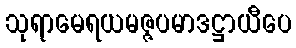
သုရာမေရယမဇ္ဇပမာဒဋ္ဌာယီပေ